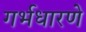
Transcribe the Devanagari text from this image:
गर्भधारणे